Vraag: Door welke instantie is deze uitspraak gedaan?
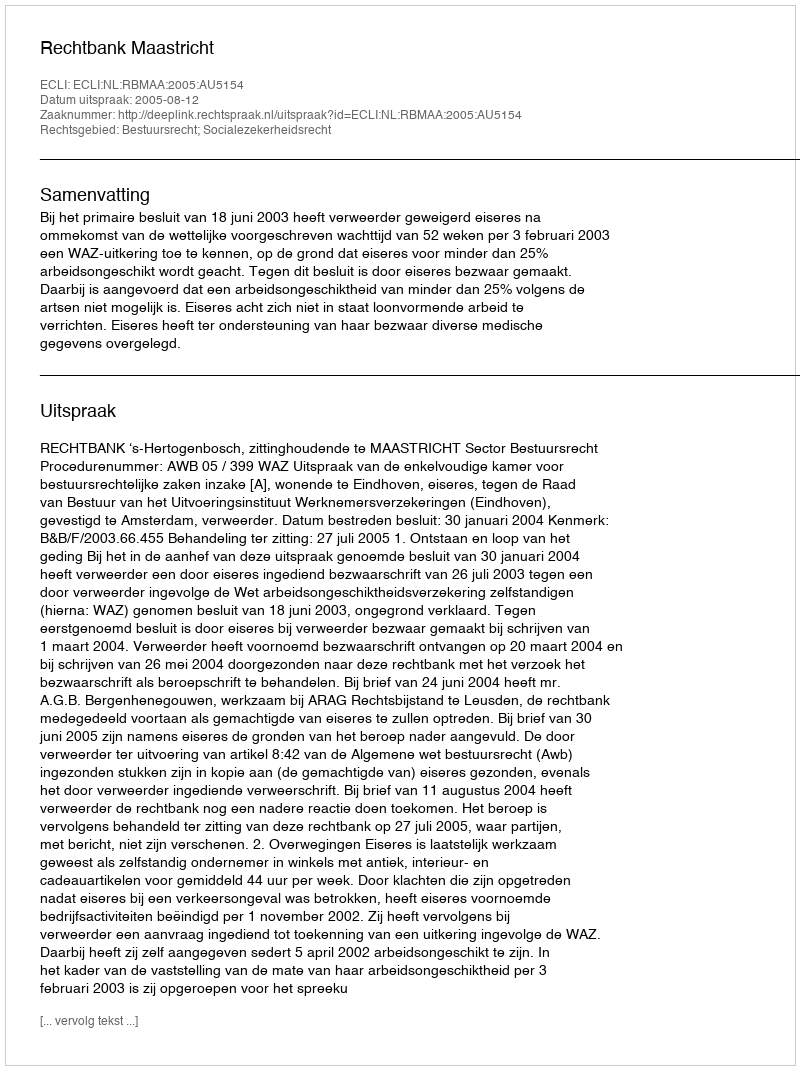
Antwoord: Rechtbank Maastricht